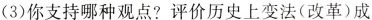
(3)你支持哪种观点?评价历史上变法(改革)成